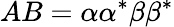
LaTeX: AB=\alpha\alpha^{*}\beta\beta^{*}